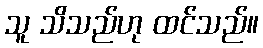
သူ သိသည်ဟု ထင်သည်။